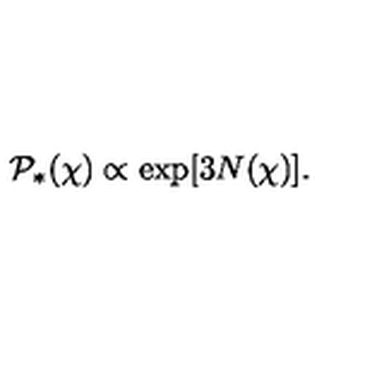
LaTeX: { \cal P } _ { * } ( \chi ) \propto \exp [ 3 N ( \chi ) ] .